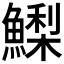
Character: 𩻌